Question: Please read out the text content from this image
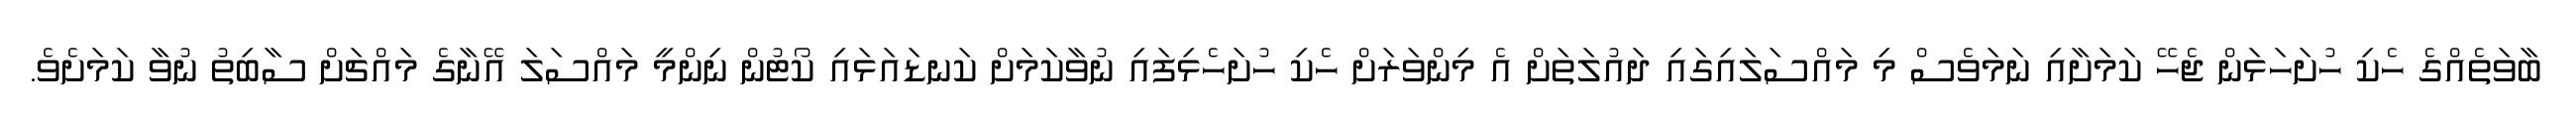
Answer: ބާވަތެއްގެ ހެކި ހުށަހަޅަން ޖެހޭ ކަމަށާއި ނަމަވެސް މި މައްސަލައިގައި ދައުލަތަށް އެ މިންވަރަށް ހެކި ހުށަހެޅިފައި ނުވާކަމަށް ކަނޑައަޅައި ކޯޓުން ނިންމީ މައްސަލަ އޭނާގެ މައްޗަށް ސާބިތު ނުވާ ކަމަށެވެ.